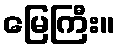
မြေကြီး။